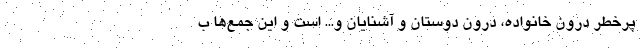
پرخطر درون خانواده، درون دوستان و آشنایان و... است و این جمع‌ها ب